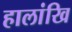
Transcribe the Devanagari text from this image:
हालांखि